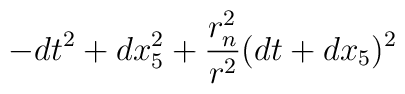
- dt^2 +dx_5^2+{r_n^2 \over r^2} ( dt +  dx_5)^2